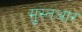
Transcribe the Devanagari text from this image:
मुस्तआर